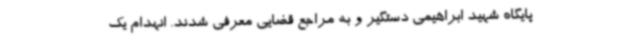
پایگاه شهید ابراهیمی دستگیر و به مراجع قضایی معرفی شدند. انهدام یک